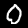
Digit: 0